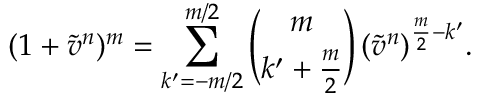
( 1 + \tilde { v } ^ { n } ) ^ { m } = \sum _ { k ^ { \prime } = - m / 2 } ^ { m / 2 } \binom { m } { k ^ { \prime } + \frac { m } { 2 } } \, ( \tilde { v } ^ { n } ) ^ { \frac { m } { 2 } - k ^ { \prime } } .